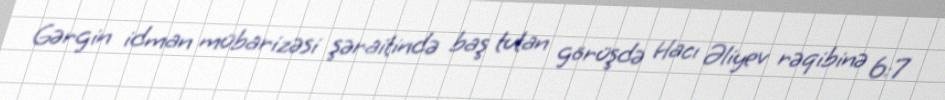
Gərgin idman mübarizəsi şəraitində baş tutan görüşdə Hacı Əliyev rəqibinə 6:7